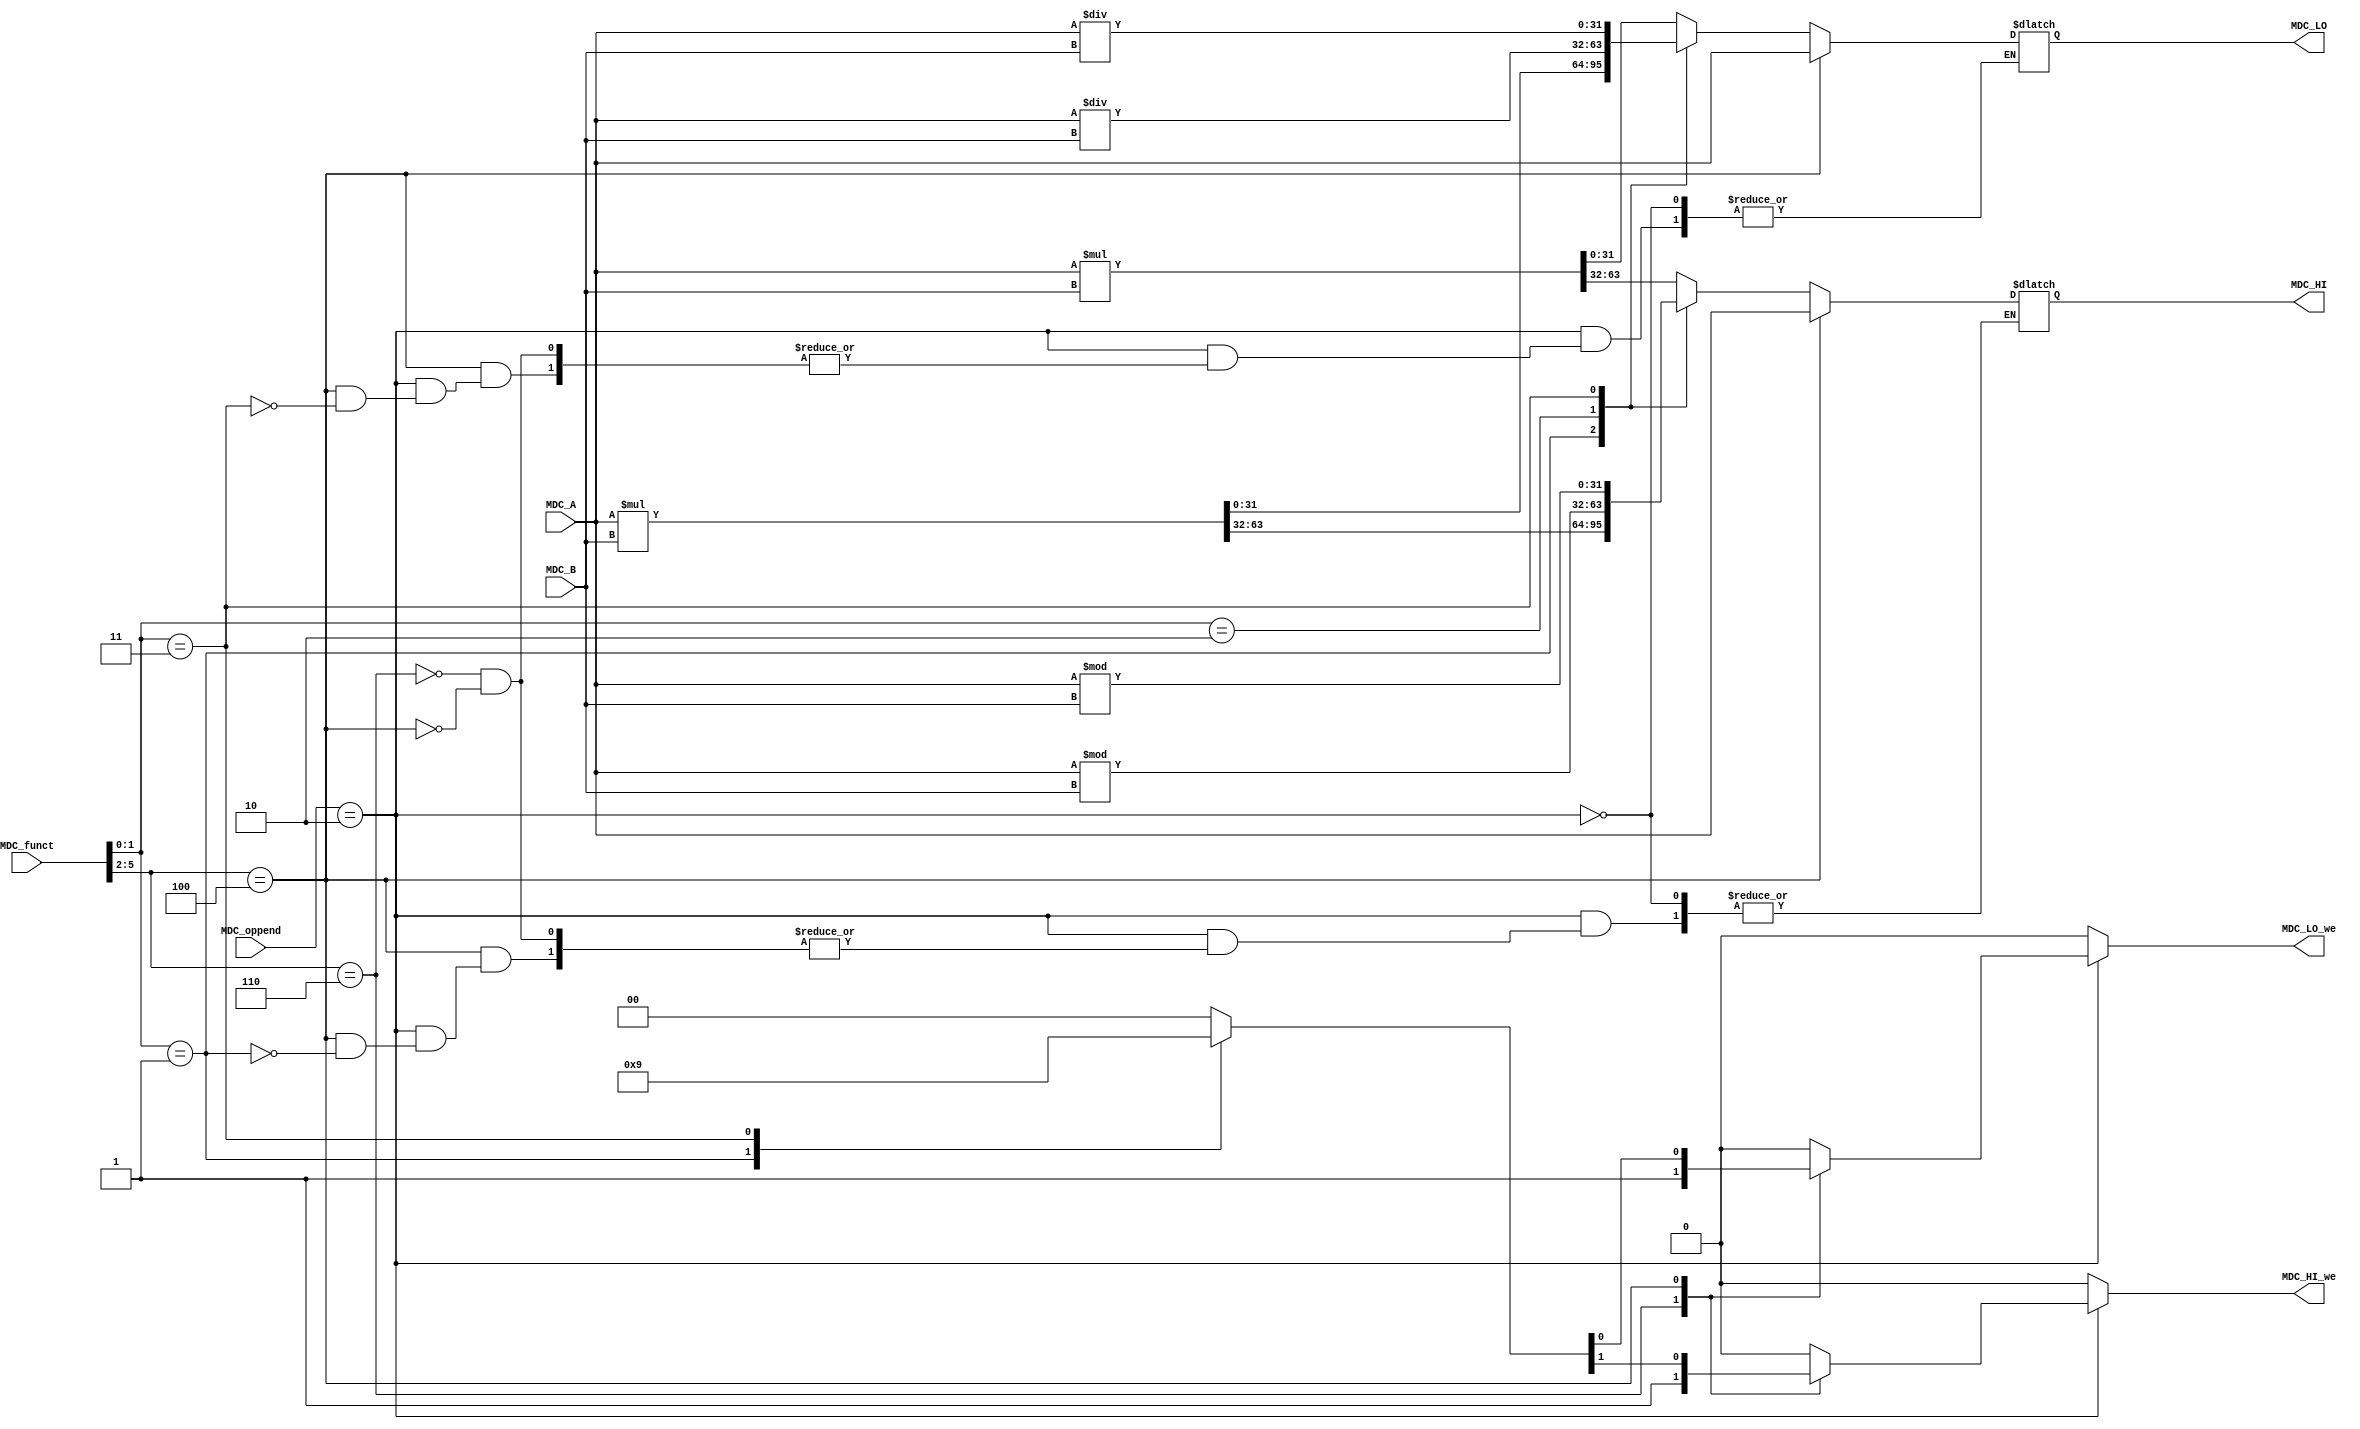
module MDC(MDC_A,MDC_B,MDC_funct,MDC_oppend,MDC_LO,MDC_HI,MDC_HI_we,MDC_LO_we);
    input [31:0]MDC_A,MDC_B;
    input [5:0]MDC_funct;
    input [1:0]MDC_oppend;
    output reg [31:0]MDC_HI,MDC_LO;
    output reg MDC_HI_we,MDC_LO_we;
    
    wire signed [31:0]MDC_SA,MDC_SB;
    
    assign MDC_SA = MDC_A;
    assign MDC_SB = MDC_B;
    
    always @(*)
    begin
        if(MDC_oppend == 2'b10)
        begin
            case(MDC_funct[5:2])
                3'b0110:
                begin
                    {MDC_HI_we,MDC_LO_we} = 2'b11;
                    case(MDC_funct[1:0])
                        2'b00: {MDC_HI,MDC_LO} = MDC_SA * MDC_SB; 
                        2'b01: {MDC_HI,MDC_LO} = MDC_A * MDC_B;  
                        //{MDC_HI,MDC_LO} = (MDC_A[31] ^ MDC_B[31]) ? (32'hffff_ffff -(32'hffffffff-MDC_A+1)*(32'hffffffff-MDC_B+1) + 1):(32'hffffffff-MDC_A+1)*(32'hffffffff-MDC_B+1);
                        2'b10:
                        begin
                            MDC_HI = MDC_SA % MDC_SB;
                            MDC_LO = MDC_SA / MDC_SB;
                        end
                        2'b11:
                        begin
                            MDC_HI = MDC_A % MDC_B;
                            MDC_LO = MDC_A / MDC_B;
                        end
                        default: {MDC_HI,MDC_LO} = {MDC_HI,MDC_LO};
                    endcase
                end
                3'b0100:
                begin 
                    case(MDC_funct[1:0])
                        2'b01: 
                        begin
                            MDC_HI = MDC_A;
                            MDC_LO = MDC_LO;
                            {MDC_HI_we,MDC_LO_we} = 2'b10;
                        end
                        2'b11: 
                        begin
                            MDC_HI = MDC_HI;
                            MDC_LO = MDC_A;
                            {MDC_HI_we,MDC_LO_we} = 2'b01;
                        end
                        default:
                        begin
                            MDC_HI = MDC_HI;
                            MDC_LO = MDC_LO;
                            {MDC_HI_we,MDC_LO_we} = 2'b00;
                        end
                    endcase  
                end
                default:
                begin
                    MDC_HI = MDC_HI;
                    MDC_LO = MDC_LO;
                    {MDC_HI_we,MDC_LO_we} = 2'b00;
                end
            endcase
        end
        else
        begin
            MDC_HI = MDC_HI;
            MDC_LO = MDC_LO;
            {MDC_HI_we,MDC_LO_we} = 2'b00;
        end
    end
endmodule